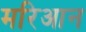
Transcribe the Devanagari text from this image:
मरिआन